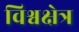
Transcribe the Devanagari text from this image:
विश्वक्षेत्र